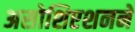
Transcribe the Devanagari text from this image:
असोशिएशनने